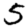
Digit: 5